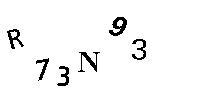
R73N93